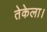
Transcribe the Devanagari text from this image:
तेकेला।